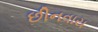
છીનવાય